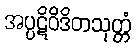
အပ္ပဋိဝိဒိတသုတ္တံ